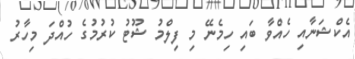
އެކްޝަނާއި ހެއްވާ ބައި ހިމެނޭ މި ފިލްމު ޝޫޓު ކުރުމުގެ ހުއްދަ މިހާރު